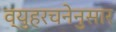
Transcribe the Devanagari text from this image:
व्युहरचनेनुसार